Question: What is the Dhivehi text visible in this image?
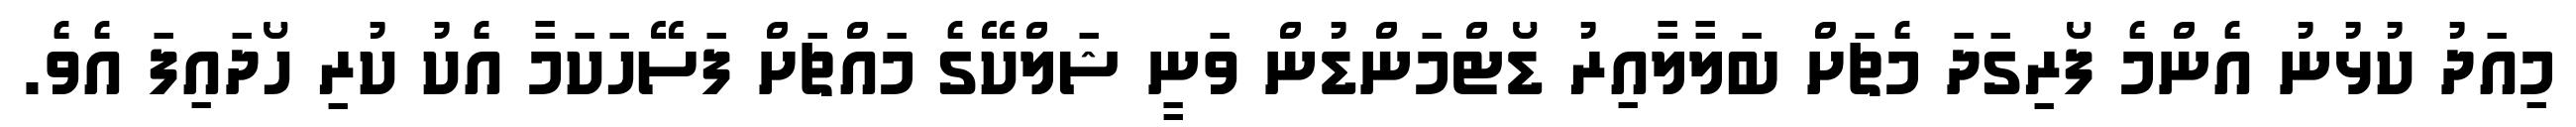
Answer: މިއަދު ކުޅުނު އެންމެ ފޯރިގަދަ މެޗަށް ބަލާލާއިރު ޑޯޓްމަންޑުން ވަނީ ޝަލްކޭގެ މައްޗަށް ފަސޭހަކަމާ އެކު ކުރި ހޯދައިފަ އެވެ.